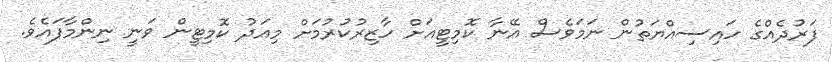
ފަރުދެއްގެ ހައިސިއްޔަތުން ނަމަވެސް އޭނާ ކޮމިޓީއަށް ހާޒިރުކުރުމަށް މިއަދު ކޮމިޓީން ވަނީ ނިންމާފައެވެ.